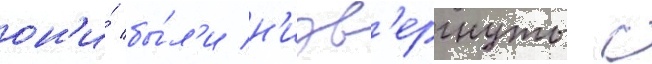
он'и́ бы́л'и н'изв'ергнуты с